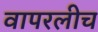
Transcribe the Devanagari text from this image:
वापरलीच